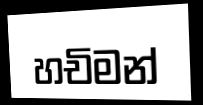
හචිමන්